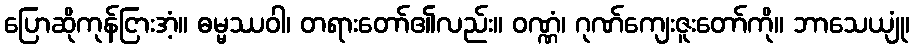
ပြောဆိုကုန်ငြားအံ့။ ဓမ္မဿဝါ၊ တရားတော်၏လည်း။ ဝဏ္ဏံ၊ ဂုဏ်ကျေးဇူးတော်ကို။ ဘာသေယျုံ၊